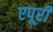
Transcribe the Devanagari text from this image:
एपूरी